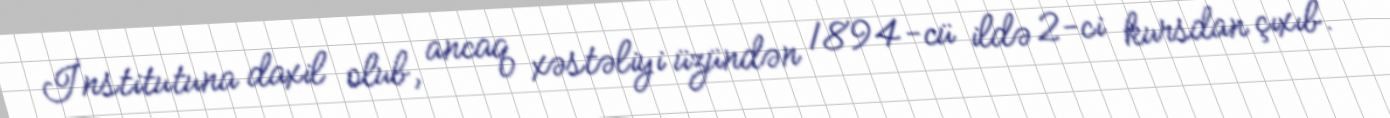
İnstitutuna daxil olub, ancaq xəstəliyi üzündən 1894-cü ildə 2-ci kursdan çıxıb.